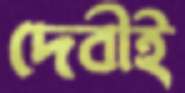
দেবীই